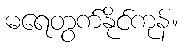
မရေတွက်နိုင်ကုန်။